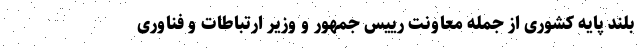
بلند پایه کشوری از جمله معاونت رییس جمهور و وزیر ارتباطات و فناوری